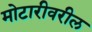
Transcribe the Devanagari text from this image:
मोटारीवरील